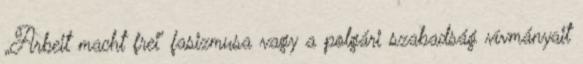
„Arbeit macht frei” fasizmusa vagy a polgári szabadság vívmányait